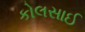
કોલસાઈ